Vaccination in Bombay 1869-1873 - 1869-1873
Year: 1869
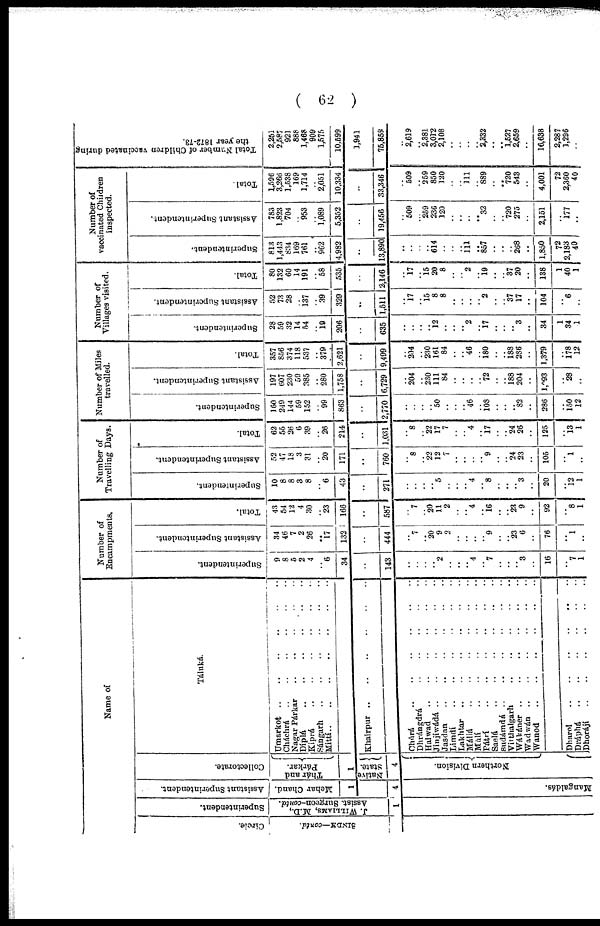
( 62 )
Name of
Circle.
SINDH—contd.
...
Superintendent.
J. WILLIAMS, M.D.,
Assist. Surgeon-contd.
1
Assistant Superintendent.
Mehar Chand.
1
4
Mangaldás.
Collectorate.
Thár and
Párkar.
1
Native
State.
4
Northern Division.
Táluká.
Umarkort .. .. .. .. ..
Cháchrá
..
..
..
..
..
Nagar Párkar .. .. .. .. ..
Díplá .. .. .. .. .. ..
Kiprá
..
..
..
..
..
Sángarh
..
..
..
..
Mittí .. .. .. .. ..
Khairpur .. .. .. ..
Chúrá
..
..
..
..
..
Dhrángdrá
..
..
..
..
Halwad
..
..
..
..
..
..
Jinjíwádá .. .. .. .. ..
Jasdan .. .. .. .. ..
Limdí
..
..
..
..
..
Lakhtar
..
..
..
..
Máliá
..
..
..
..
Mùlí
..
..
..
..
..
Pátrí
..
..
..
..
..
Saelá
..
..
..
..
..
sudámdá
..
..
..
..
..
Vitthalgarh .. .. .. .. ..
Wákáner .. .. .. .. .. ..
Wadwán
..
..
..
..
..
Wanod
..
..
..
..
Dharol .. .. .. ..
Dráphá .. .. ..
Dhorájí
..
..
..
..
Number of
Encampments.
Superintendent.
9
8
5
2
4
.. 6
34
..
143
..
..
..
.. 2
..
..
.. 4
.. 7
..
..
.. 3
..
16
..
7
1
Assistant Superintendent.
34
46
7
2
26
.. 17
132
..
444
..
7
.. 20
9
2
..
..
..
.. 9
..
.. 23
6
..
76
..
1
..
Total.
43
54
12
4
30
.. 23
166
..
587
..
7
.. 20
11
2
..
.. 4
.. 16
..
.. 23
9
..
92
..
8
1
Number of
Travelling Days.
Superintendent.
10
8
8
3
8
.. 6
43
..
271
..
..
..
.. 5
..
..
.. 4
.. 8
..
..
.. 3
..
20
..
12
1
Assistant Superintendent.
52
47
18
3
31
.. 20
171
..
760
..
8
.. 22
12
7
..
..
..
.. 9
..
.. 24
23
..
105
..
1
..
Total.
62
55
26
6
39
.. 26
214
..
1,031
..
8
.. 22
17
7
..
.. 4
.. 17
..
.. 24
26
..
125
..
13
1
Number of Miles
travelled.
Superintendent.
160
249
144
59
152
.. 99
863
..
2,770
..
..
..
.. 50
..
..
.. 46
.. 108
..
..
.. 82
..
286
..
150
12
Assistant Superintendent.
197
607
230
59
385
.. 280
11,758
..
6,729
..
204
.. 230
111
84
..
..
..
.. 72
..
.. 188
204
..
1,993
..
28
..
Total.
357
856
374
118
537
.. 379
2,621
..
9,499
..
204
.. 230
161
84
..
.. 46
.. 180
..
.. 188
286
..
1,379
..
178
12
Number of
Villages visited.
Superintendent.
28
59
32
14
54
.. 19
206
..
635
..
..
..
.. 12
..
..
.. 2
.. 17
..
..
.. 3
..
34
1
34
1
Assistant Superintendent.
52
73
28
..
137
.. 39
329
..
1,511
..
17
.. 15 8
8
..
..
..
.. 2
..
.. 37
17
..
104
..
6
..
Total.
80
132
60
14
191
.. 58
535
..
2,146
..
17
.. 15
20
8
..
.. 2
.. 19
..
.. 37
20
..
138
1
40
1
Number of
vaccinated Children
inspected.
Superintendent.
813
1,443
834
169
761
.. 962
4,982
..
13,890
..
..
..
.. 614
..
..
.. 111
..
857
..
..
.. 268
..
1,850
72
2,183
40
Assistant Superintendent.
783
1,823
704
..
953
.. 1,089
5,352
..
19,456
..
509
.. 259
236
120
..
..
.. .. 32
..
.. 720
275
..
2,151
..
177
..
Total.
1,596
3,266
1,538
169
1,714
.. 2,051
10,334
..
33,346
..
509
.. 259
850
120
..
.. 111
.. 889
..
.. 720
543
..
4,001
72
2,360
40
Total Number of Children vaccinated during
the year 1872-73.
2,251
2,587
921
888
1,468
909
1,575
10,599
1,941
75,859
..
2,619
.. 2,381
3,012
2,108
..
..
..
.. 2,332
..
.. 1,527
2,659
..
16,638
2,287
1,296
..